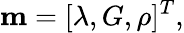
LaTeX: \mathbf{m}=[\lambda,G,\rho]^{T},